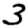
Digit: 3